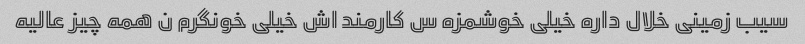
سیب زمینی خلال داره خیلی خوشمزه س کارمند اش خیلی خونگرم ن همه چیز عالیه